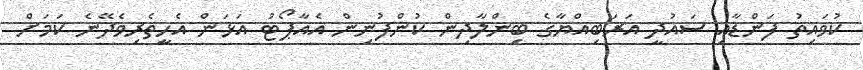
ކުވައިތު ފަންޑާއި ސައުދީ އަރަބިއްޔާގެ ބިންލާދިން ކުންފުނިން އެއާޕޯޓު އަޅަން އެހީތެރިވެދޭނެ ކަމަށް